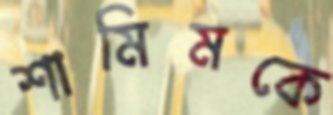
শামিমকে